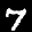
Label: 7